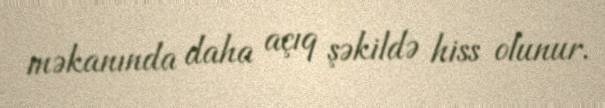
məkanında daha açıq şəkildə hiss olunur.